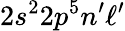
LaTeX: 2s^{2}2p^{5}n^{\prime}\ell^{\prime}